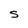
Character: S